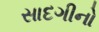
સાદગીનો